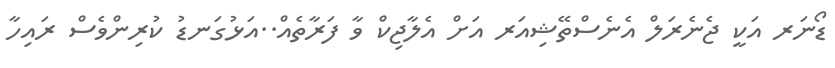
ޑޯނަރ އަކީ ޖެނެރަލް އެނެސްތޭޝިއަރ އަށް އެލާޖިކް ވާ ފަރާތެއް..އަޅުގަނޑު ކުރިންވެސް ރައިހާ